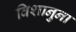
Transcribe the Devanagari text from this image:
विशानुना